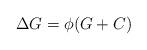
LaTeX: \begin{align*} \Delta G=\phi (G+C)\end{align*}